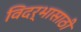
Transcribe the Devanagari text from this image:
विदर्भासाठी